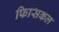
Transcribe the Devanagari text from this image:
फिसिकल